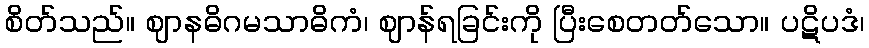
စိတ်သည်။ ဈာနဓိဂမသာဓိကံ၊ ဈာန်ရခြင်းကို ပြီးစေတတ်သော။ ပဋိပဒံ၊